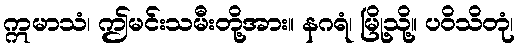
ဣမာသံ၊ ဤမင်းသမီးတို့အား။ နဂရံ၊ မြို့သို့။ ပဝိသိတုံ၊